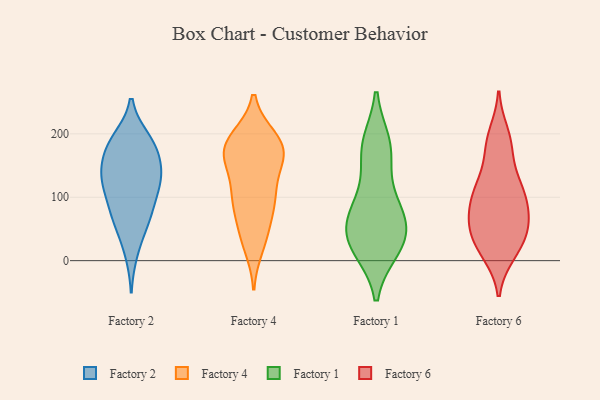
{"axis": {"x": "Conversion Rate (%)", "y": "Value"}, "legend": ["Factory 1", "Factory 2", "Factory 4", "Factory 6"], "data": [{"x": "", "y": 133, "type": "Factory 2"}, {"x": "", "y": 63, "type": "Factory 2"}, {"x": "", "y": 134, "type": "Factory 2"}, {"x": "", "y": 74, "type": "Factory 2"}, {"x": "", "y": 128, "type": "Factory 2"}, {"x": "", "y": 126, "type": "Factory 2"}, {"x": "", "y": 57, "type": "Factory 2"}, {"x": "", "y": 191, "type": "Factory 2"}, {"x": "", "y": 177, "type": "Factory 2"}, {"x": "", "y": 168, "type": "Factory 2"}, {"x": "", "y": 137, "type": "Factory 2"}, {"x": "", "y": 108, "type": "Factory 2"}, {"x": "", "y": 85, "type": "Factory 2"}, {"x": "", "y": 183, "type": "Factory 2"}, {"x": "", "y": 187, "type": "Factory 2"}, {"x": "", "y": 14, "type": "Factory 2"}, {"x": "", "y": 188, "type": "Factory 4"}, {"x": "", "y": 104, "type": "Factory 4"}, {"x": "", "y": 39, "type": "Factory 4"}, {"x": "", "y": 163, "type": "Factory 4"}, {"x": "", "y": 93, "type": "Factory 4"}, {"x": "", "y": 181, "type": "Factory 4"}, {"x": "", "y": 172, "type": "Factory 4"}, {"x": "", "y": 153, "type": "Factory 4"}, {"x": "", "y": 167, "type": "Factory 4"}, {"x": "", "y": 86, "type": "Factory 4"}, {"x": "", "y": 95, "type": "Factory 4"}, {"x": "", "y": 111, "type": "Factory 4"}, {"x": "", "y": 193, "type": "Factory 4"}, {"x": "", "y": 23, "type": "Factory 4"}, {"x": "", "y": 46, "type": "Factory 4"}, {"x": "", "y": 164, "type": "Factory 4"}, {"x": "", "y": 191, "type": "Factory 4"}, {"x": "", "y": 170, "type": "Factory 1"}, {"x": "", "y": 177, "type": "Factory 1"}, {"x": "", "y": 20, "type": "Factory 1"}, {"x": "", "y": 24, "type": "Factory 1"}, {"x": "", "y": 85, "type": "Factory 1"}, {"x": "", "y": 183, "type": "Factory 1"}, {"x": "", "y": 43, "type": "Factory 1"}, {"x": "", "y": 71, "type": "Factory 1"}, {"x": "", "y": 49, "type": "Factory 1"}, {"x": "", "y": 92, "type": "Factory 1"}, {"x": "", "y": 28, "type": "Factory 1"}, {"x": "", "y": 12, "type": "Factory 6"}, {"x": "", "y": 109, "type": "Factory 6"}, {"x": "", "y": 68, "type": "Factory 6"}, {"x": "", "y": 101, "type": "Factory 6"}, {"x": "", "y": 52, "type": "Factory 6"}, {"x": "", "y": 96, "type": "Factory 6"}, {"x": "", "y": 28, "type": "Factory 6"}, {"x": "", "y": 123, "type": "Factory 6"}, {"x": "", "y": 181, "type": "Factory 6"}, {"x": "", "y": 177, "type": "Factory 6"}, {"x": "", "y": 199, "type": "Factory 6"}, {"x": "", "y": 66, "type": "Factory 6"}, {"x": "", "y": 15, "type": "Factory 6"}, {"x": "", "y": 40, "type": "Factory 6"}, {"x": "", "y": 119, "type": "Factory 6"}, {"x": "", "y": 60, "type": "Factory 6"}]}